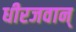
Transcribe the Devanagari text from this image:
धीरजवान्